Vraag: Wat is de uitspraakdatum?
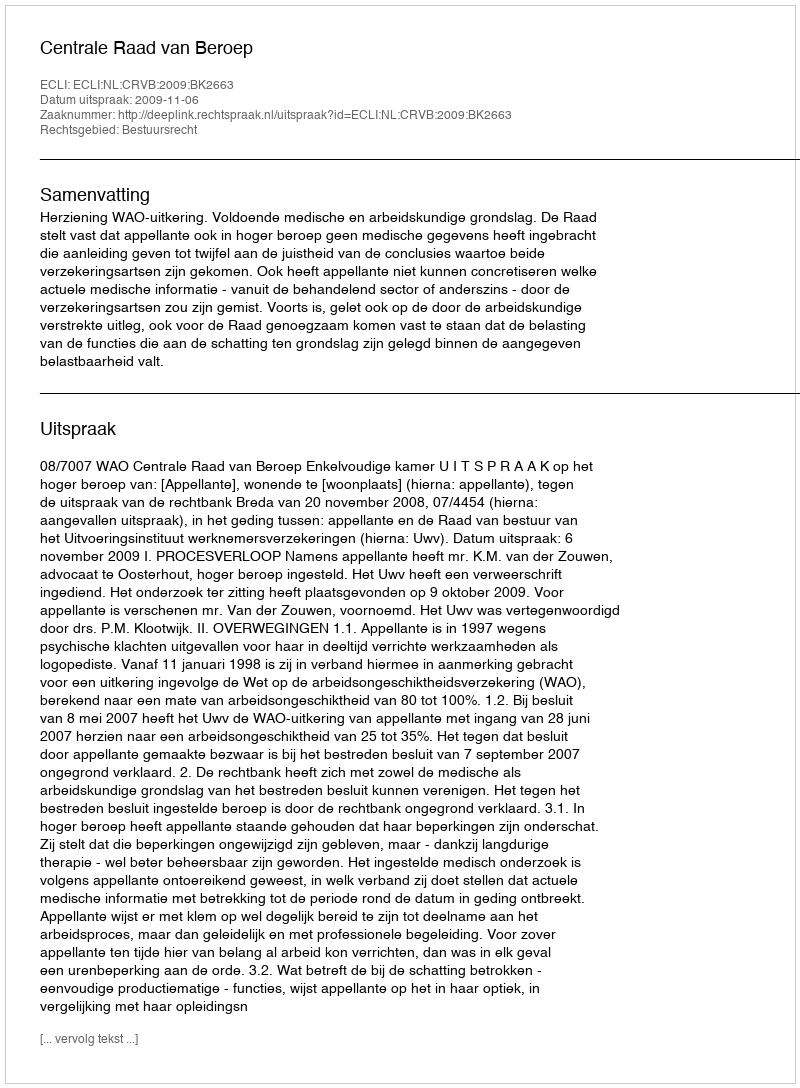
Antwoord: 2009-11-06